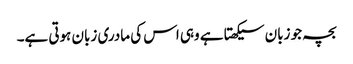
بچہ جو زبان سیکھتا ہے وہی اس کی مادری زبان ہوتی ہے۔